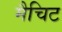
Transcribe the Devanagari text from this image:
मैचिट